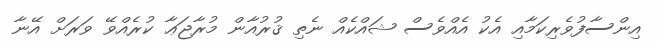
އިންސާފުވެރިކަމާއި އެކު އެއްވެސް ޝައްކެއް ނެތި ޤުރުއާން މުރާޖަޢާ ކުރެއްވޭ ވަރަށް އޭނާ